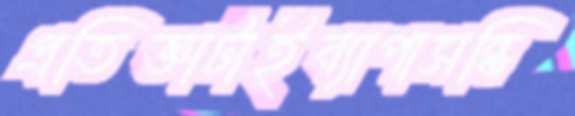
প্রতিজ্ঞাটাইব্যাপাসন্ধি